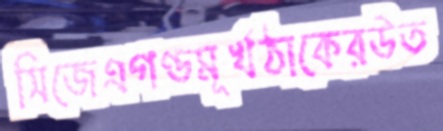
সিজেএগণ্ডমূর্খঠাকেরউত